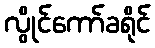
လွိုင်ကော်ခရိုင်